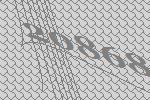
20868